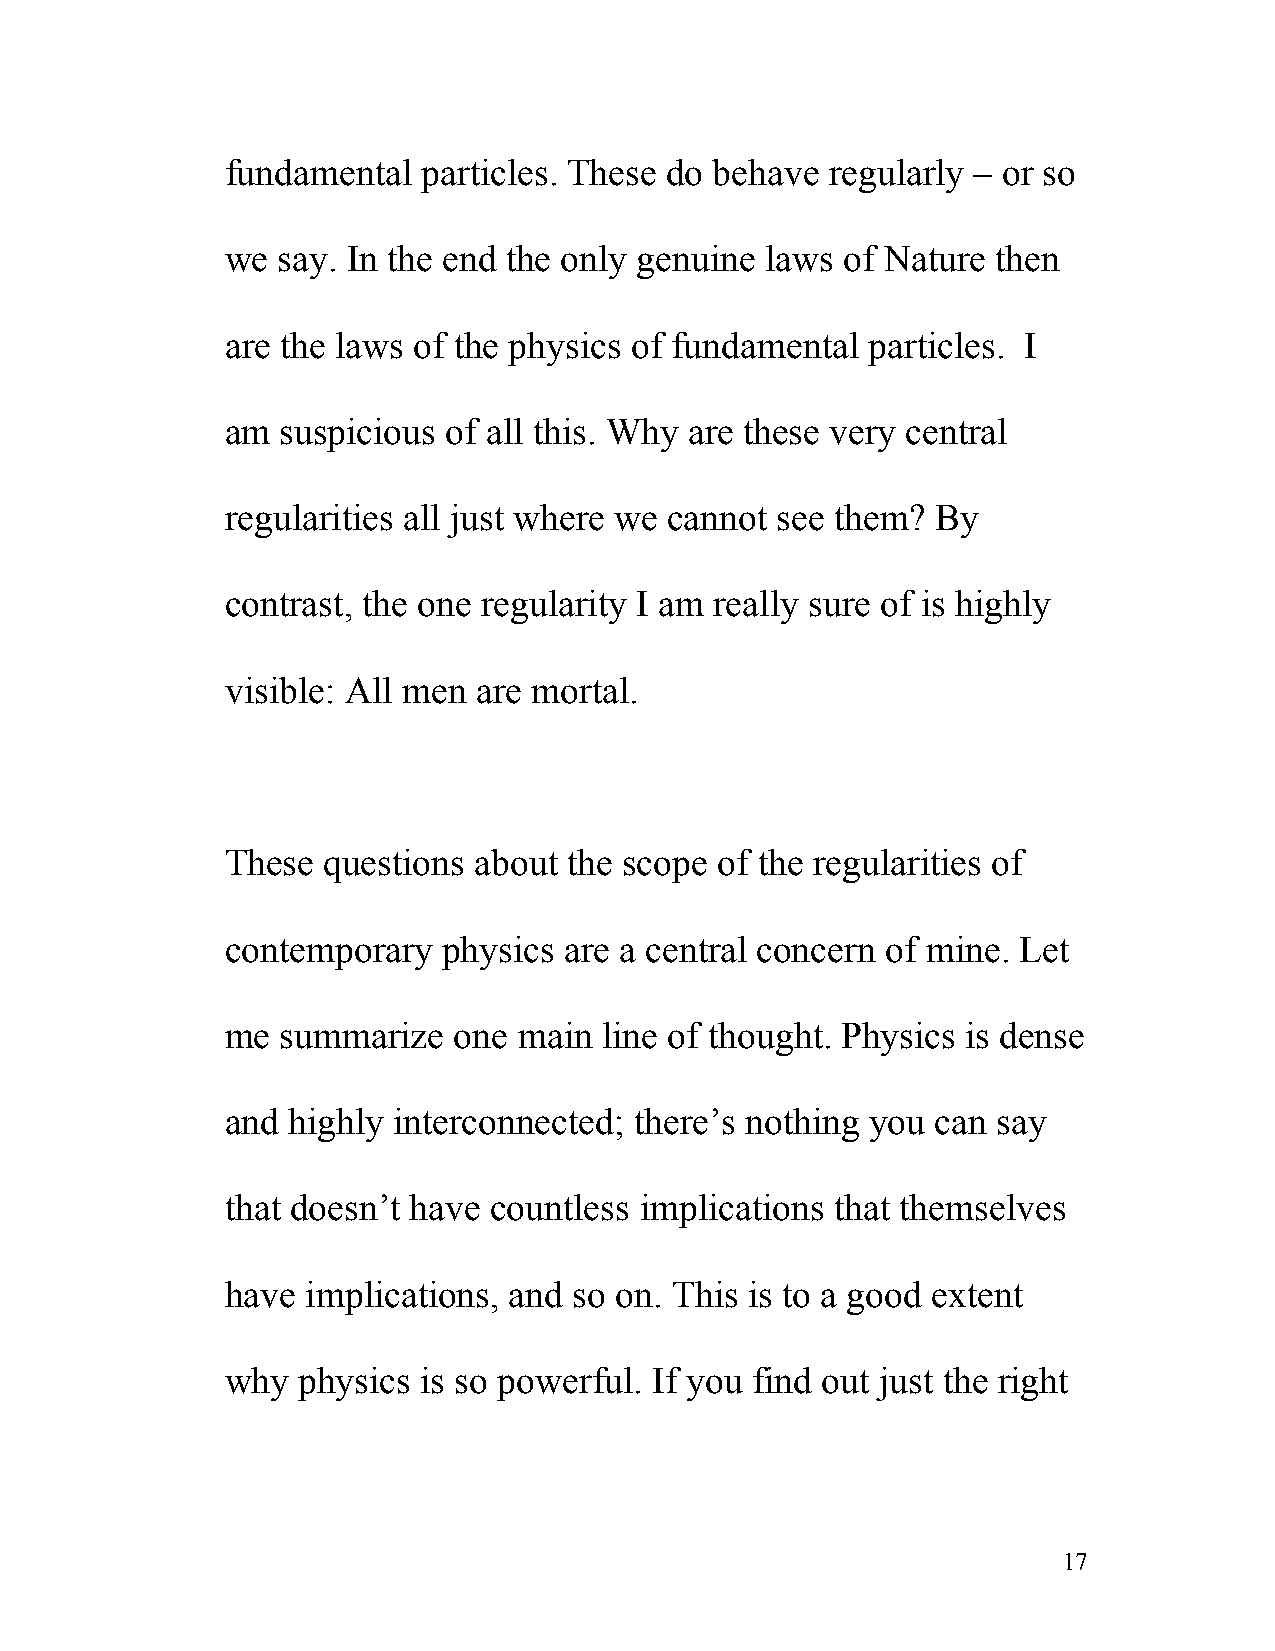
fundamental  particles. These do behave regularly – or so
 we say. In the end the only genuine laws of Nature then
 are the laws of the physics of fundamental particles. I
 am  suspicious of all this. Why are these very central
 regularities all just where we cannot see them? By
 contrast, the one regularity I am really sure of is highly
 visible: All men are mortal.
 These questions about  the scope of the regularities of
 contemporary  physics are a central concern of mine. Let
 me  summarize  one main  line of thought. Physics is dense
 and highly interconnected; there’s nothing you can say
 that doesn’t have countless implications that themselves
 have implications, and so on. This is to a good extent
 why  physics is so powerful. If you find out just the right
 17